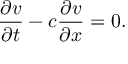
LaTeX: { \frac { \partial v } { \partial t } } - c { \frac { \partial v } { \partial x } } = 0 .